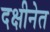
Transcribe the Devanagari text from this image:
दक्षीनेत